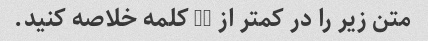
متن زیر را در کمتر از 50 کلمه خلاصه کنید.